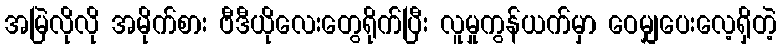
အမြဲလိုလို အမိုက်စား ဗီဒီယိုလေးတွေရိုက်ပြီး လူမှုကွန်ယက်မှာ ဝေမျှပေးလေ့ရှိတဲ့